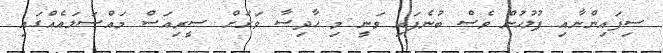
ސިފައިންނާއި ފުލުހުން ވެސް ބުނެފައި ވަނީ މި ހާދިސާ ވަރަށް ސީރިއަސް މައްސަލައެއްގައި